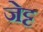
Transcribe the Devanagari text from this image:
जेट्ट